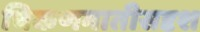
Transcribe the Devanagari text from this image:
चिकणमातीसदृश